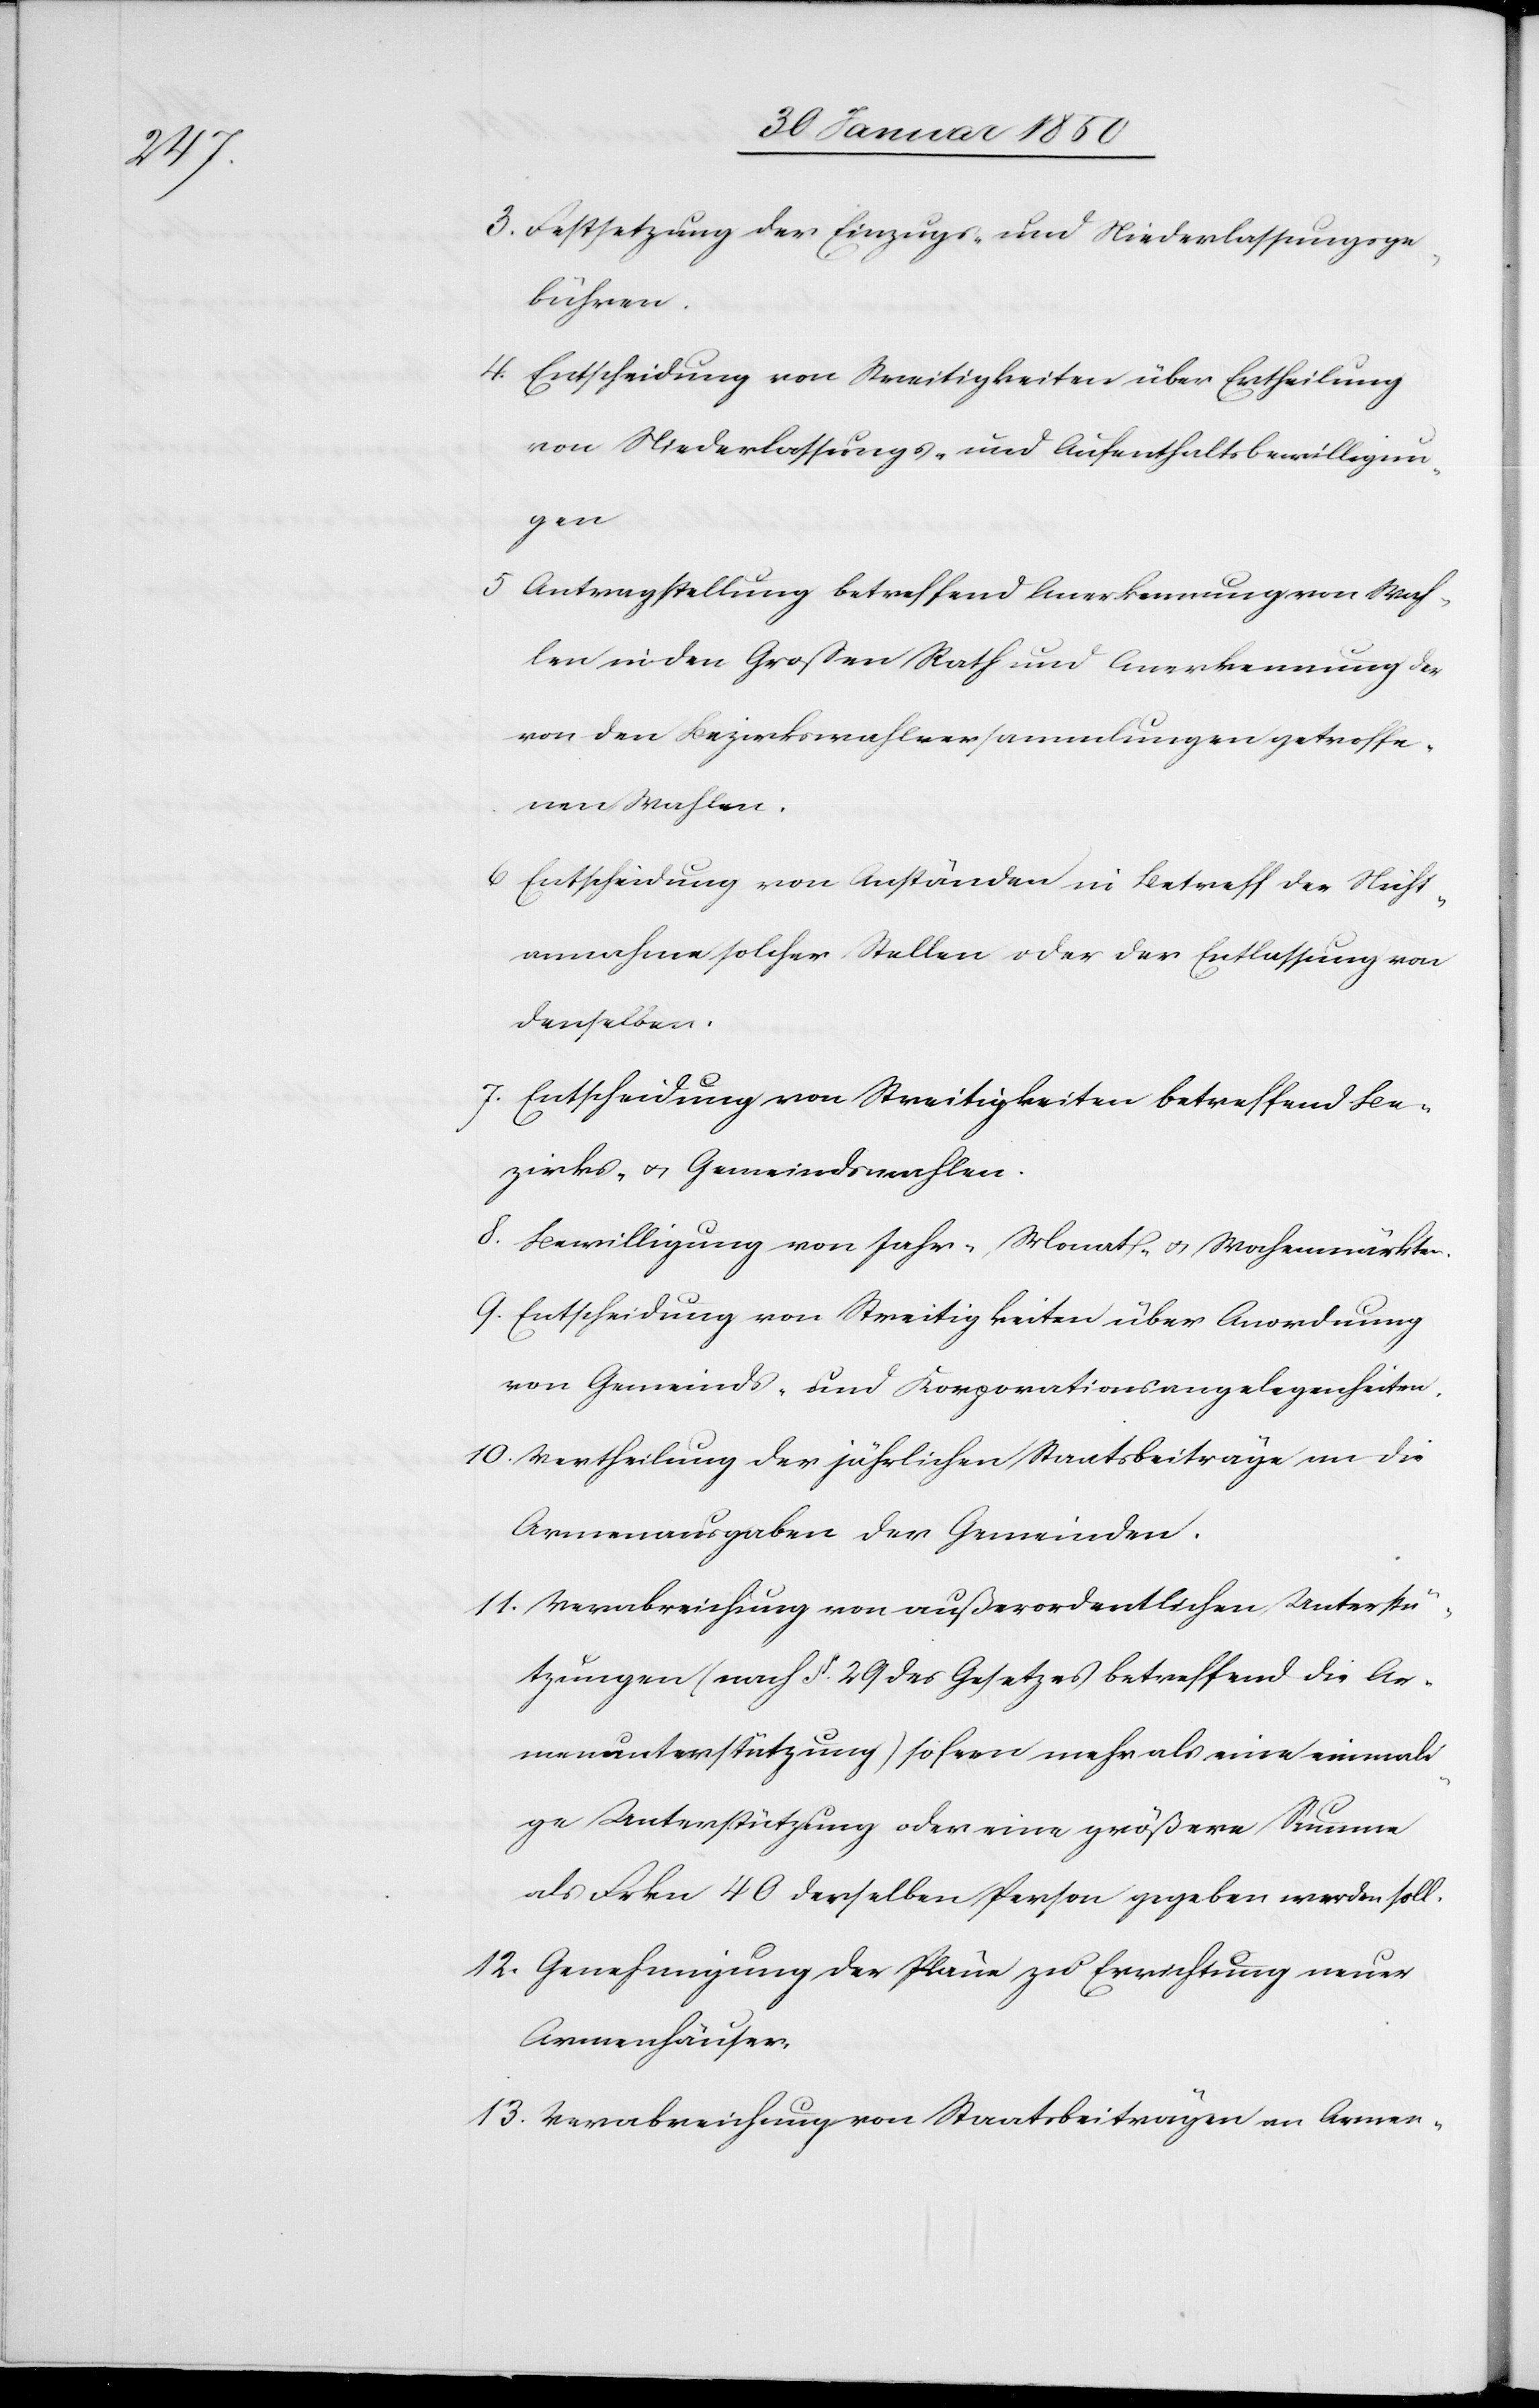
3. Festsetzung der Einzugs- und Niederlassungsge¬
bühren.
4. Entscheidung von Streitigkeiten über Ertheilung
von Niederlassungs- und Aufenthaltsbewilligun¬
gen
5 Antragstellung betreffend Anerkennung von Wah¬
len in den Großen Rath und Anerkennung der
von den Bezirkswahlversammlungen getroffe¬
nen Wahlen.
6 Entscheidung von Anständen in Betreff der Nicht¬
annahme solcher Stellen oder der Entlassung von
denselben.
7. Entscheidung von Streitigkeiten betreffend Be¬
zirks- und Gemeindswahlen.
8. Bewilligung von Jahr-, Monat- u. Wochenmärkten.
9. Entscheidung von Streitigkeiten über Anordnung
von Gemeinds- und Korporationsangelegenheiten.
10. Vertheilung der jährlichen Staatsbeiträge an die
Armenausgaben der Gemeinden.
11. Verabreichung von außerordentlichen Unterstü¬
tzungen (nach §. 29 des Gesetzes betreffend die Ar¬
menunterstützung) sofern mehr als eine einmali¬
ge Unterstützung oder eine größere Summe
als Frkn 40 derselben Person gegeben werden soll.
12. Genehmigung der Pläne zu Errichtung neuer
Armenhäuser.
13. Verabreichung von Staatsbeiträgen an Armen-